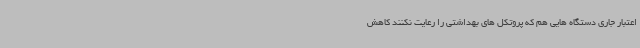
اعتبار جاری دستگاه هایی هم که پروتکل های بهداشتی را رعایت نکنند کاهش